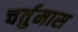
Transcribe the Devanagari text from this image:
चर्तुमास